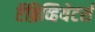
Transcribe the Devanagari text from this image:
ऍब्रिव्हियेटर्स